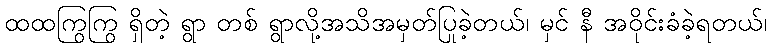
ထထကြွကြွ ရှိတဲ့ ရွာ တစ် ရွာလို့အသိအမှတ်ပြုခဲ့တယ်၊ မှင် နီ အဝိုင်းခံခဲ့ရတယ်၊